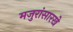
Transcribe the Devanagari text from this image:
मजुरांसारखे